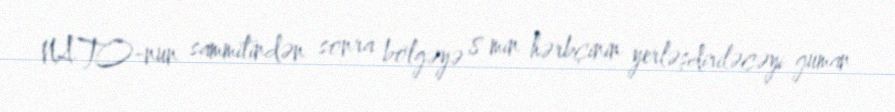
NATO-nun sammitindən sonra bölgəyə 8 min hərbçinin yerləşdiriləcəyi güman